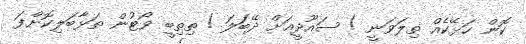
ކޮން ހަޅޭކެއް ތިލަވަނީ ! ސައޫދީއަށް ދޭބަލަ ! ތިތިބީ ވޯޓުން ތަޅާބަލިކޮށްފަ